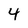
Character: 4